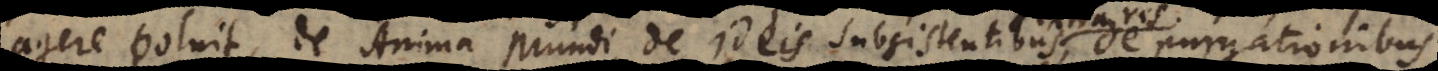
it, de Anima Mundi, de ideis subsistentibus, de purgationibus